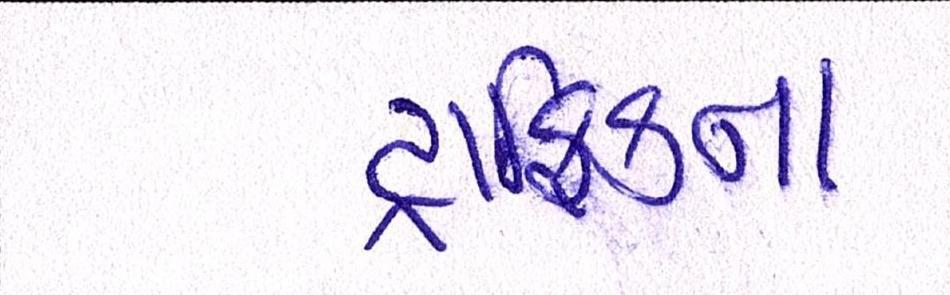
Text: ટ્રાફિકના